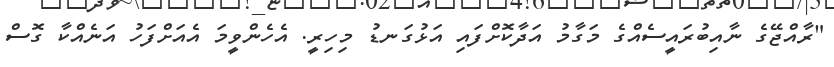
"ރާއްޖޭގެ ނާއިބުރައީސެއްގެ މަގާމު އަދާކޮށްފައި އަޅުގަނޑު މިހިރީ. އެހެންވީމަ އެއަށްފަހު އަނެއްކާ ގޮސް